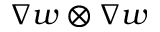
\nabla w \otimes \nabla w